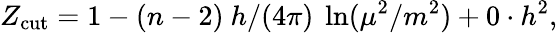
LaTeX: Z_{\mathrm{cut}}=1-(n-2)~h/(4\pi)~\ln(\mu^{2}/m^{2})+0\cdot h^{2},